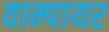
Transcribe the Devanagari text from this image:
वाम्पायर